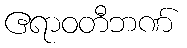
ဧရာဝတီဘဏ်